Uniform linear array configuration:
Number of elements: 64
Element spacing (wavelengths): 0.5
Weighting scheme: hamming
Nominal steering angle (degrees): -30
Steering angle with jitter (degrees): -28.494
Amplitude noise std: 0.05
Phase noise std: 0.05

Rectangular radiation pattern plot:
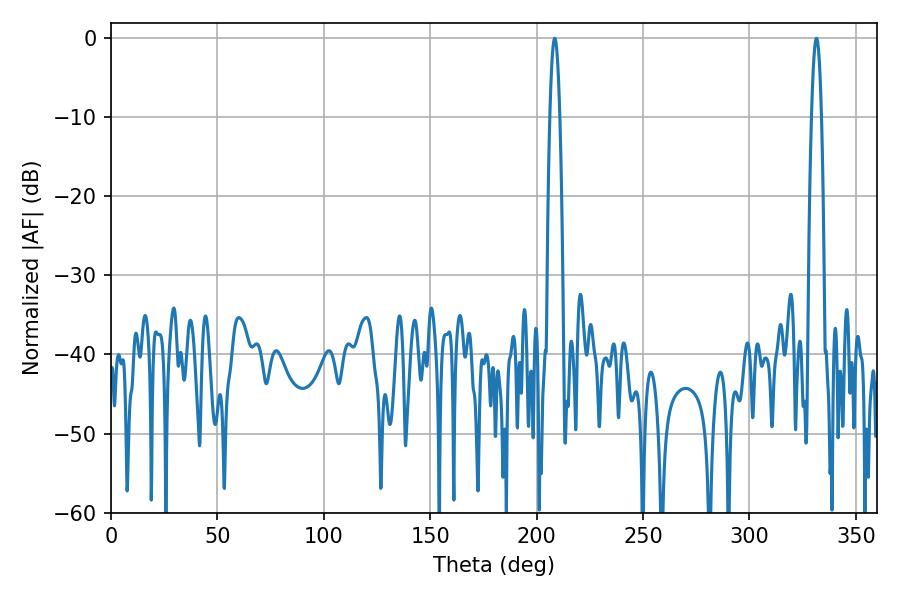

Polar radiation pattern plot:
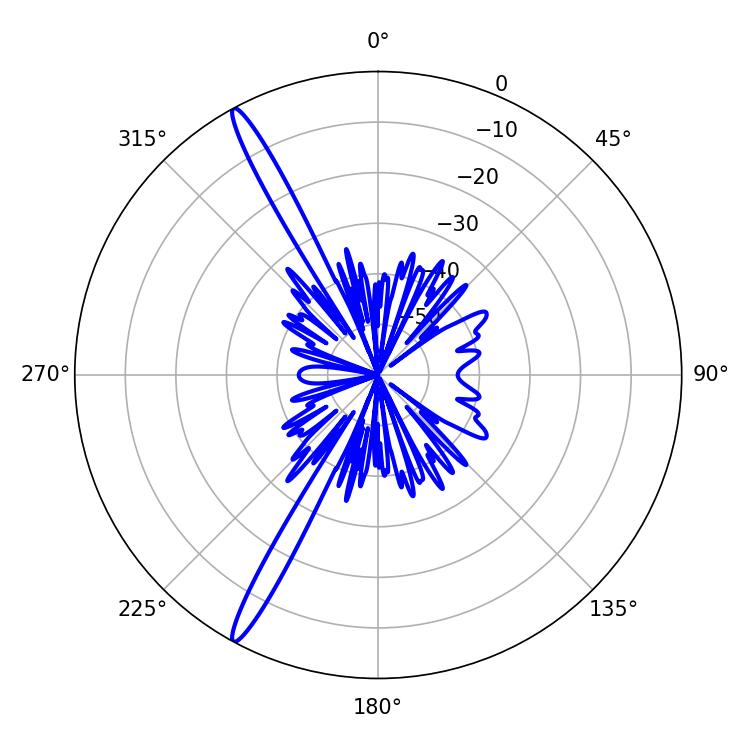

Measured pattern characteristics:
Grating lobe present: FALSE
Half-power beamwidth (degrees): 2.52
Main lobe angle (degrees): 208.44